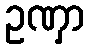
ဥဏှာ